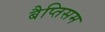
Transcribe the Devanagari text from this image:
बैप्तिसम